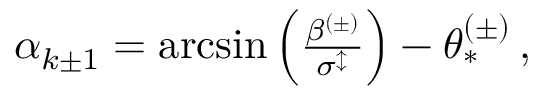
\begin{array} { r } { \alpha _ { k \pm 1 } = \arcsin \left( \frac { \beta ^ { ( \pm ) } } { \sigma ^ { \updownarrow } } \right) - \theta _ { * } ^ { ( \pm ) } \, , } \end{array}